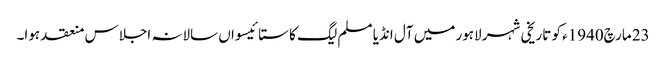
23 مارچ1940ء کو تاریخی شہر لاہور میں آل انڈیا مسلم لیگ کا ستائیسواں سالانہ اجلاس منعقد ہوا۔